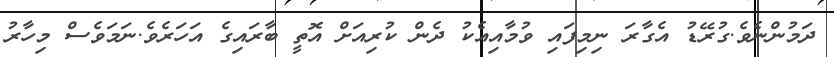
ދަމުންނެވެ.ގުރޭޑު އެގާރަ ނިމިފައި ވުމާއިއެކު ދެން ކުރިއަށް އޮތީ ބާރައިގެ އަހަރެވެ.ނަމަވެސް މިހާރު